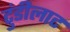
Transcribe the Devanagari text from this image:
टुंडीलाट